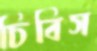
চিবিস